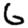
Digit: 6